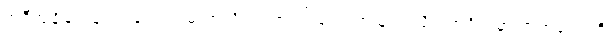
အဲဒီအချိန်တုန်းက လောကဓာတ်သိပ္ပံပညာရပ် လေ့လာသူ အသိုင်းအဝိုင်းမှာ ဖာရာဒေး ကို